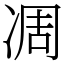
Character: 凋